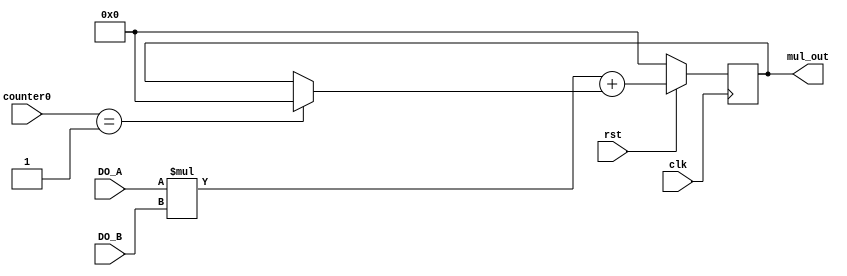
module MatrixMulContr(input clk,rst,
	input [8-1:0] DO_A,DO_B,
	input [4:0]counter0,
	output reg [20:0]mul_out);
	
	wire [16-1:0] mul_out0;
	reg [21-1:0] mul_out1;
	reg [21-1:0] mul_out2;
	wire [21-1:0] mul_out4;
	
assign mul_out0=DO_A*DO_B;


always @(*)
    mul_out2=mul_out0+mul_out1;


always @(posedge clk)
if(!rst)
	mul_out<=0;
else
	mul_out<=mul_out2;
	
always @(*)
if(counter0==5'b00001)
	mul_out1=21'b0;
else
	mul_out1=mul_out4;
	
assign mul_out4=mul_out;
	
	
endmodule